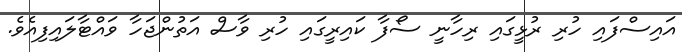
އައިސްފައި ހުރި ރުޅީގައި ރިހާނީ ސޯފާ ކައިރީގައި ހުރި ވާސް އަތުންޖަހާ ވައްޓާލައިފިއެވެ.